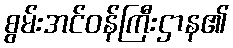
စွမ်းအင်ဝန်ကြီးဌာန၏